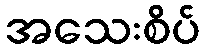
အသေးစိပ်